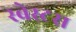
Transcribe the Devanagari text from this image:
स्बेस्टस